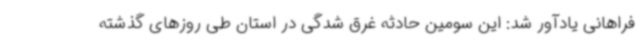
فراهانی یادآور شد: این سومین حادثه غرق شدگی در استان طی روزهای گذشته